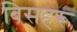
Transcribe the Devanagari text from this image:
बिसहरू